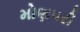
મોણપરી